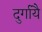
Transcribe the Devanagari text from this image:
दुर्गायै